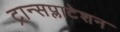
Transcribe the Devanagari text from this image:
ट्रान्सप्लाटेशन